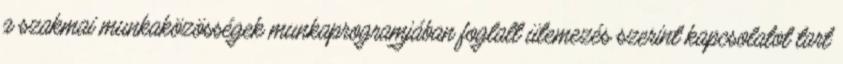
a szakmai munkaközösségek munkaprogramjában foglalt ütemezés szerint kapcsolatot tart